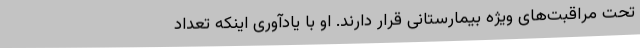
تحت مراقبت‌های ویژه بیمارستانی قرار دارند. او با یادآوری اینکه تعداد